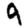
Digit: 9